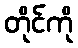
တိုင်ကို